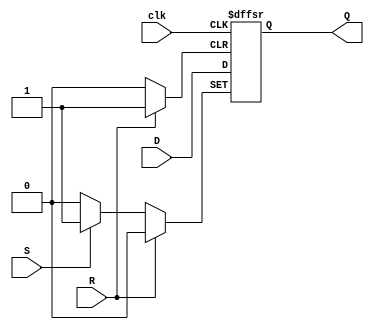
module d_ff_with_async_set_reset (
    input wire D,
    input wire clk,
    input wire S,
    input wire R,
    output reg Q
);

always @(posedge clk or posedge S or posedge R) begin
    if (S) begin
        Q <= 1'b1; // Asynchronous Set
    end else if (R) begin
        Q <= 1'b0; // Asynchronous Reset
    end else begin
        Q <= D; // Data input stored on positive clock edge
    end
end

endmodule